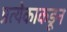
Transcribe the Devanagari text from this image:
प्रत्येकाकडून